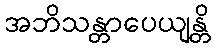
အဘိသန္တာပေယျန္တိ